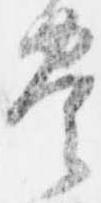
豊